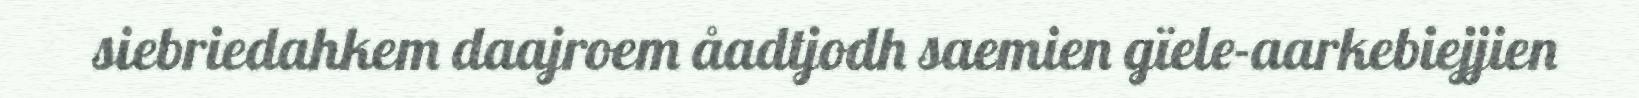
siebriedahkem daajroem åadtjodh saemien gïele-aarkebiejjien